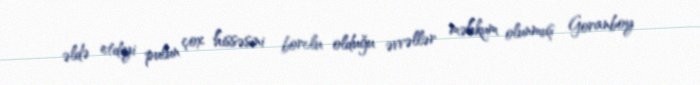
əldə etdiyi pulun çox hissəsini borclu olduğu əvvəllər məhkum olunmuş Goranboy